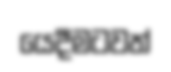
යෙදීමටවත්